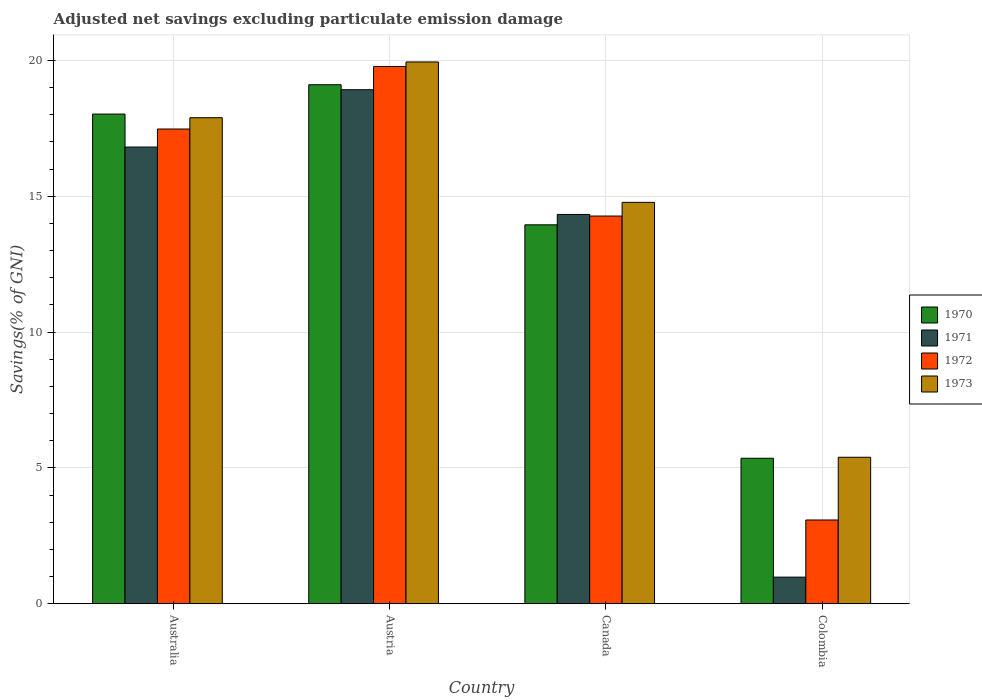
| Country | 1970 | 1971 | 1972 | 1973 |
 | --- | --- | --- | --- | --- |
 | Australia | 18 | 16.8 | 17.5 | 17.9 |
 | Austria | 19.1 | 18.9 | 19.8 | 19.9 |
 | Canada | 13.9 | 14.3 | 14.3 | 14.8 |
 | Colombia | 5.36 | 0.979 | 3.08 | 5.39 |